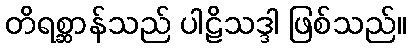
တိရစ္ဆာန်သည် ပါဠိသဒ္ဒါ ဖြစ်သည်။